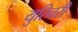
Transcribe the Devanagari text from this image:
युरिनरी